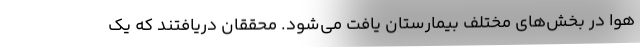
هوا در بخش‌های مختلف بیمارستان یافت می‌شود. محققان دریافتند که یک